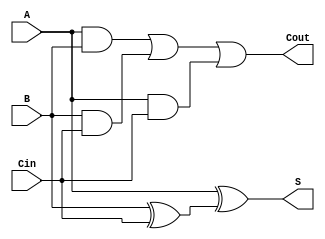
module fullAdder(A, B, Cin, S, Cout);
	input A, B, Cin;
	output S, Cout;
	wire [4:0] W;
	
	xor U1(S, A, W[0]);
	xor U2(W[0], B, Cin);
	and U3(W[1], A, B);
	and U4(W[2], B, Cin);
	and U5(W[3], A, Cin);
	or U6(W[4], W[1], W[2]);
	or U7(Cout, W[4], W[3]);
endmodule